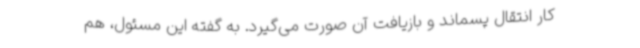
کار انتقال پسماند و بازیافت آن صورت می‌گیرد. به گفته این مسئول، هم